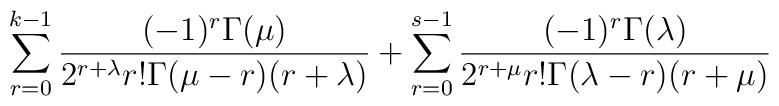
\sum\limits_{r=0}^{k-1}\frac {(-1)^r\Gamma(\mu)}{2^{r+\lambda}r!\Gamma(\mu-r)(r+\lambda)}+\sum\limits_{r=0}^{s-1}\frac {(-1)^r\Gamma(\lambda)}{2^{r+\mu}r!\Gamma(\lambda-r)(r+\mu)}